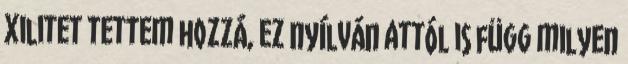
xilitet tettem hozzá, ez nyílván attól is függ milyen